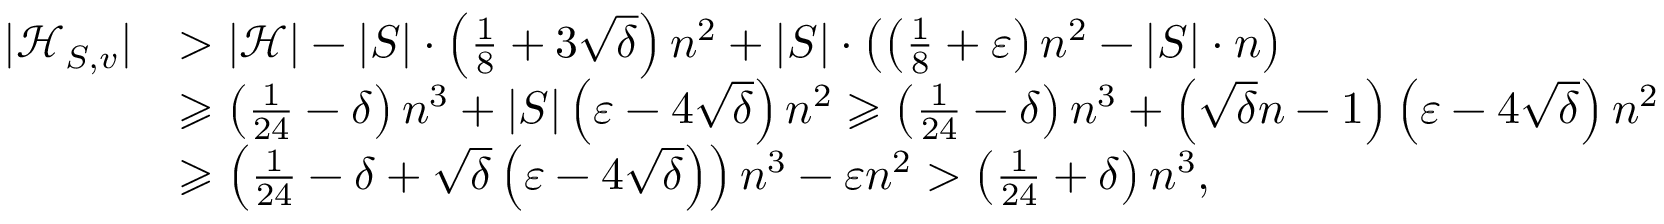
\begin{array} { r l } { | \mathcal { H } _ { S , v } | } & { > | \mathcal { H } | - | S | \cdot \left( \frac { 1 } { 8 } + 3 \sqrt { \delta } \right) n ^ { 2 } + | S | \cdot \left( \left( \frac { 1 } { 8 } + \varepsilon \right) n ^ { 2 } - | S | \cdot n \right) } \\ & { \geqslant \left( \frac { 1 } { 2 4 } - \delta \right) n ^ { 3 } + | S | \left( \varepsilon - 4 \sqrt { \delta } \right) n ^ { 2 } \geqslant \left( \frac { 1 } { 2 4 } - \delta \right) n ^ { 3 } + \left( \sqrt { \delta } n - 1 \right) \left( \varepsilon - 4 \sqrt { \delta } \right) n ^ { 2 } } \\ & { \geqslant \left( \frac { 1 } { 2 4 } - \delta + \sqrt { \delta } \left( \varepsilon - 4 \sqrt { \delta } \right) \right) n ^ { 3 } - \varepsilon n ^ { 2 } > \left( \frac { 1 } { 2 4 } + \delta \right) n ^ { 3 } , } \end{array}